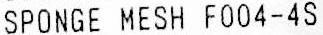
SPONGE MESH F004-4S